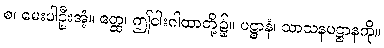
စ၊ မေးပါဦးအံ့။ ဧတ္ထ၊ ဤငါးဂါထာတို့၌။ ပဋ္ဌာနံ၊ သာသနပဋ္ဌာနကို။